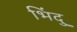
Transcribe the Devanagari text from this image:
भिंदु